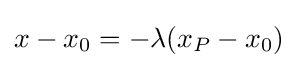
x-x_{0}=-\lambda (x_{P}-x_{0})